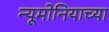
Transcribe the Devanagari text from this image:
न्यूमोनियाच्या